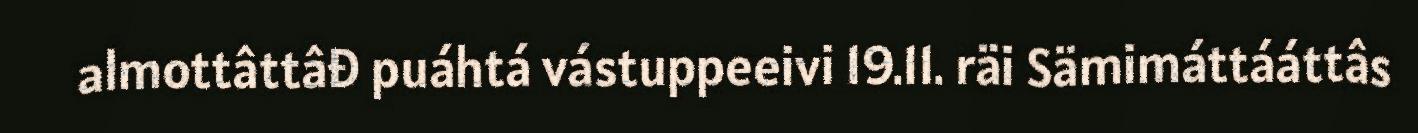
almottâttâđ puáhtá vástuppeeivi 19.11. räi Sämimáttááttâs